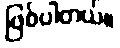
ဖြစ်ပါတယ်။